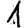
Digit: 1